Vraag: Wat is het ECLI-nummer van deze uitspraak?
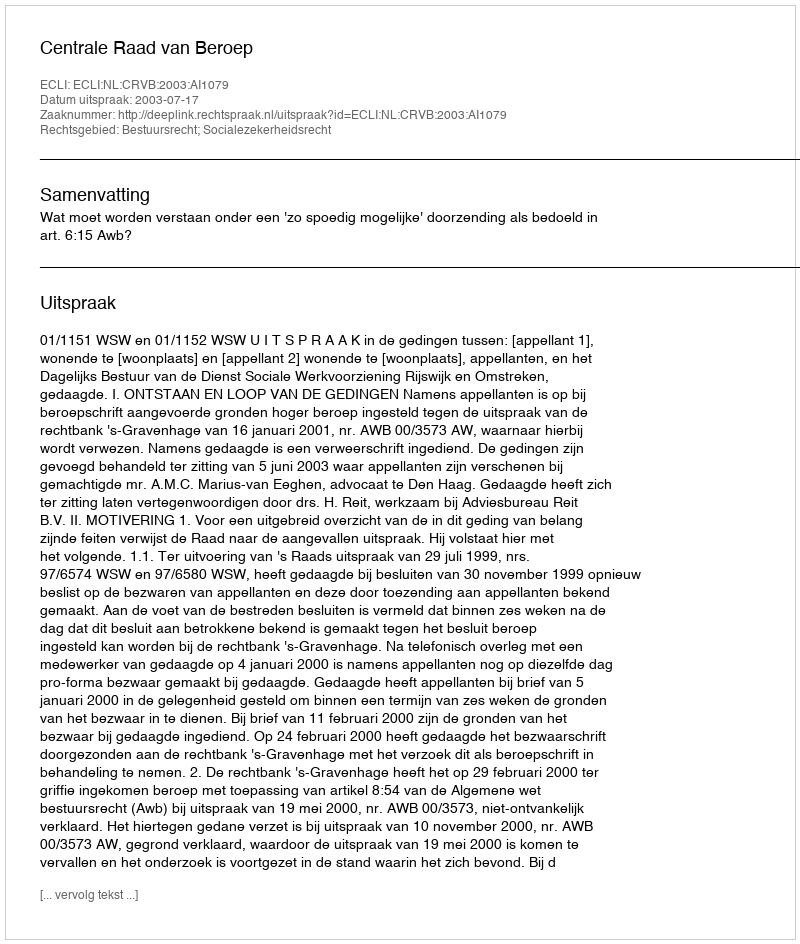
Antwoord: ECLI:NL:CRVB:2003:AI1079